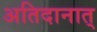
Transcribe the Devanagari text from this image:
अतिदानात्